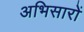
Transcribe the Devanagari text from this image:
अभिसारों